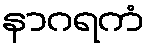
နာဂရကံ